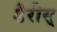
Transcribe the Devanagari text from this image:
डैरीस्